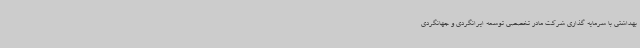
بهداشتی با سرمایه گذاری شرکت مادر تخصصی توسعه ایرانگردی و جهانگردی